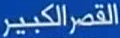
القصر الكبير